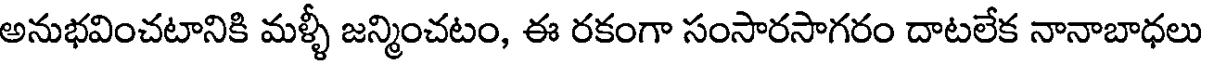
అనుభవించటానికి మళ్ళీ జన్మించటం, ఈ రకంగా సంసారసాగరం దాటలేక నానాబాధలు